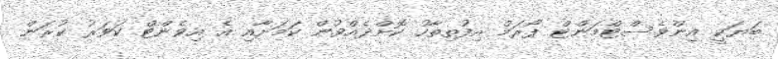
ބަޔަކީ އިންވެސްޓްމަންޓް ފޯރަމް އިފުތިތާހު ކޮށްދެއްވުން ކަމަށާއި އެ އިވެންޓް ކަވަރު ކުރަން